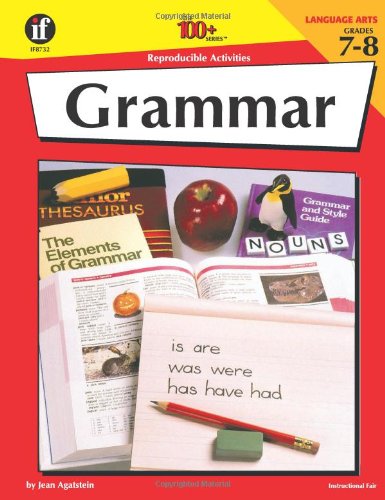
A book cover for Grammar, Grades 7EE-8: 100+ Reproducible Activities; Mark Dressel; Teen & Young Adult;